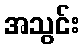
အသွင်း